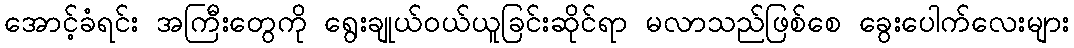
အောင့်ခံရင်း အကြီးတွေကို ရွေးချုယ်ဝယ်ယူခြင်းဆိုင်ရာ မလာသည်ဖြစ်စေ ခွေးပေါက်လေးများ